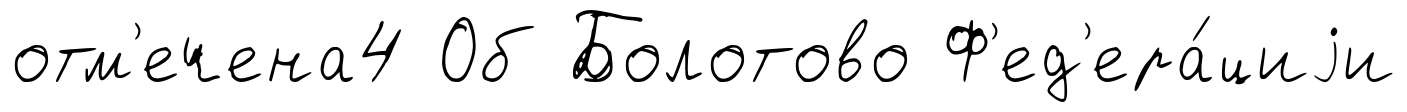
отм'ечена4 Об Болотово Ф'ед'ера́циjи